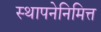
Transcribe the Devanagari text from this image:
स्थापनेनिमित्त